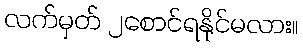
လက်မှတ် ၂စောင်ရနိုင်မလား။